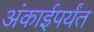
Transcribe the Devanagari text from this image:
अंकाईपर्यंत